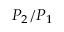
P _ { 2 } / P _ { 1 }